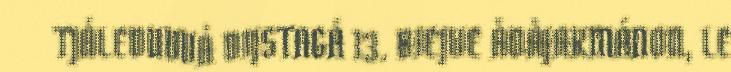
TJÁLEDUVVÁ DIJSTAGÁ 13. BIEJVE ÅDÅJAKMÁNON, LE